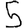
Digit: 5